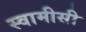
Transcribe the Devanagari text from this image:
स्वामीसी